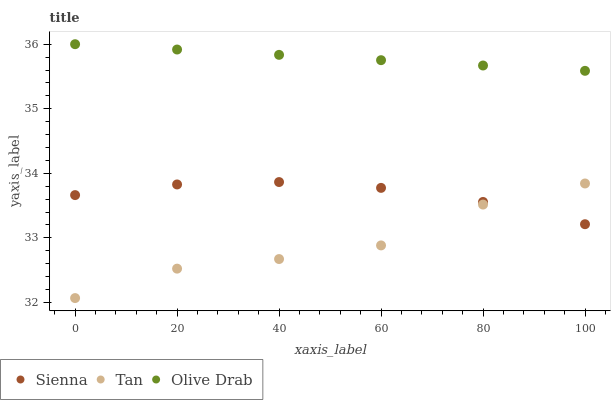
| xaxis_label | Sienna | Tan | Olive Drab |
 | --- | --- | --- | --- |
 | 0 | 33.7 | 32.1 | 36 |
 | 20 | 33.8 | 32.5 | 35.9 |
 | 40 | 33.9 | 32.7 | 35.8 |
 | 60 | 33.8 | 32.9 | 35.8 |
 | 80 | 33.6 | 33.5 | 35.7 |
 | 100 | 33.2 | 33.8 | 35.6 |